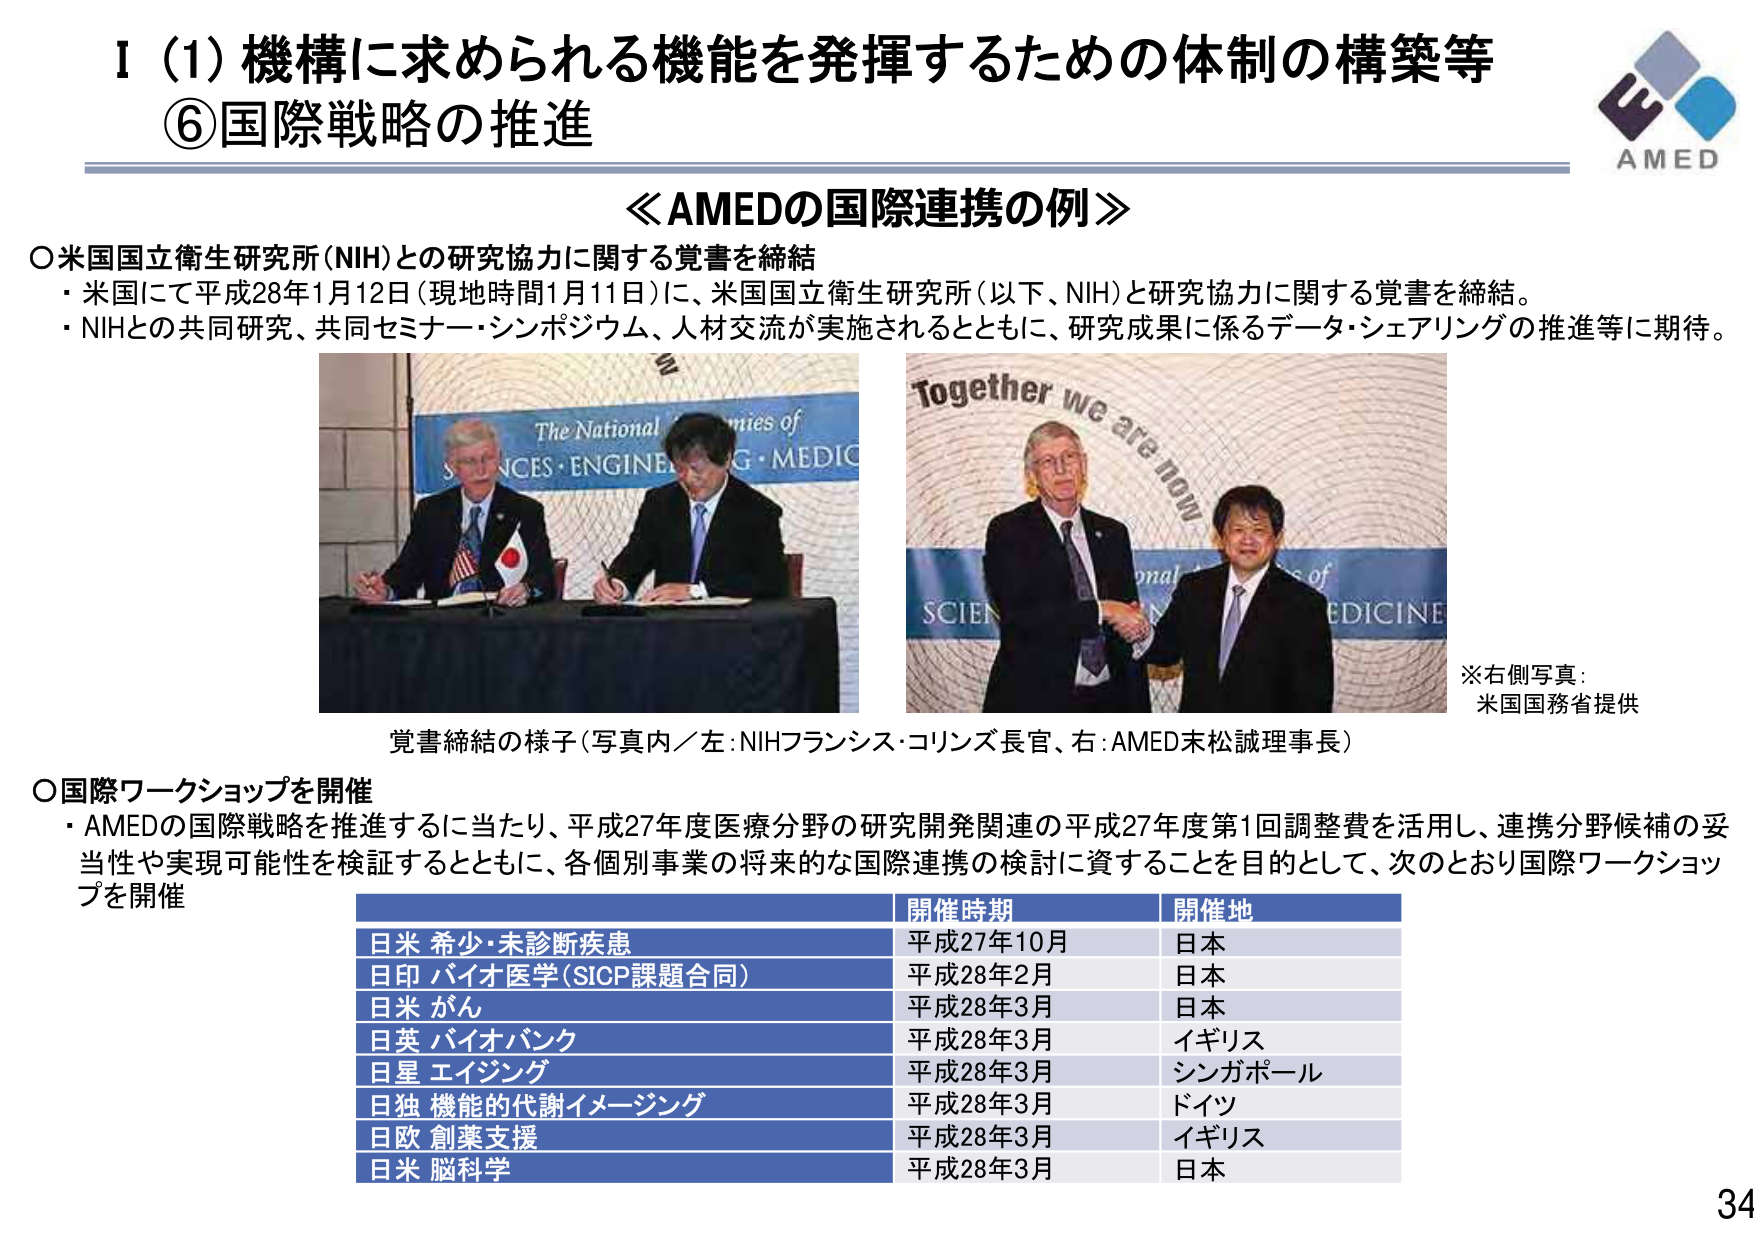
I (1) 機構に求められる機能を発揮するための体制の構築等
⑥国際戦略の推進

≪AMEDの国際連携の例≫

○米国国立衛生研究所(NIH)との研究協力に関する覚書を締結
・米国にて平成28年1月12日（現地時間1月11日）に、米国国立衛生研究所（以下、NIH）と研究協力に関する覚書を締結。
・NIHとの共同研究、共同セミナー・シンポジウム、人材交流が実施されるとともに、研究成果に係るデータ・シェアリングの推進等に期待。

The National Academies of
SCIENCES・ENGINEERING・MEDICINE

Together we are now
SCIEN
MEDICINE

※右側写真：
米国国務省提供

覚書締結の様子（写真内／左：NIHフランシス・コリンズ長官、右：AMED末松誠理事長）

○国際ワークショップを開催
・AMEDの国際戦略を推進するに当たり、平成27年度医療分野の研究開発関連の平成27年度第1回調整費を活用し、連携分野候補の妥当性や実現可能性を検証するとともに、各個別事業の将来的な国際連携の検討に資することを目的として、次のとおり国際ワークショップを開催

開催時期　　開催地
日米 希少・未診断疾患　　　平成27年10月　　日本
日印 バイオ医学(SICP課題合同)　平成28年2月　　日本
日米 がん　　　　　　　　　平成28年3月　　日本
日英 バイオバンク　　　　　平成28年3月　　イギリス
日星 エイジング　　　　　　平成28年3月　　シンガポール
日独 機能的代謝イメージング　平成28年3月　　ドイツ
日欧 創薬支援　　　　　　　平成28年3月　　イギリス
日米 脳科学　　　　　　　　平成28年3月　　日本

AMED
34